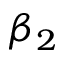
\beta _ { 2 }